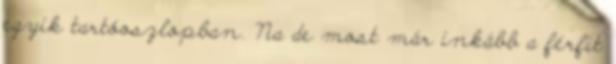
egyik tartóoszlopban. Na de most már inkább a férfit